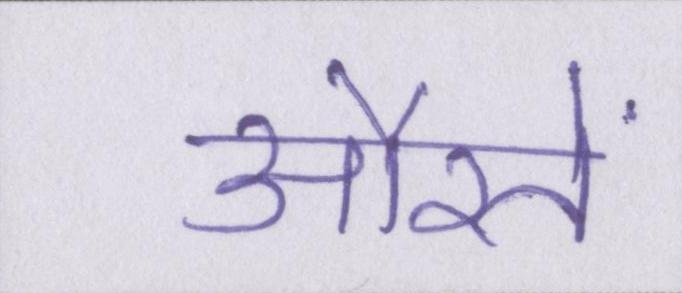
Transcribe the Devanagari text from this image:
औरतें